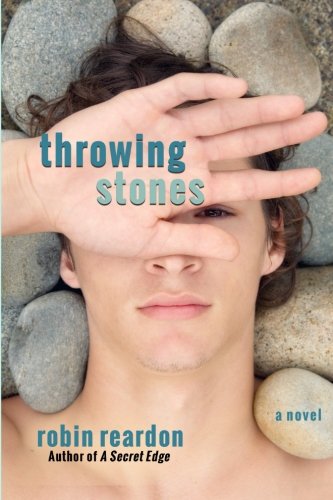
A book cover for Throwing Stones; Robin Reardon; Literature & Fiction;